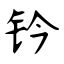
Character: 钤